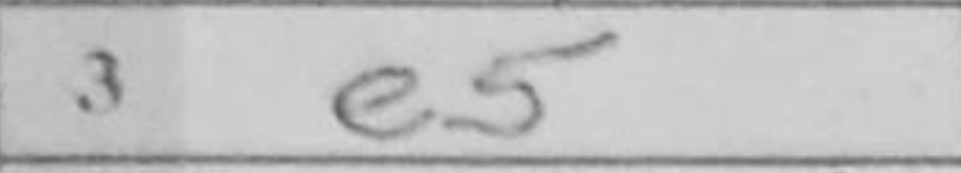
Transcription: e5